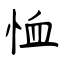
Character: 恤